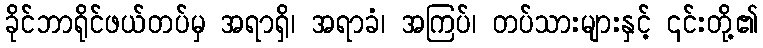
ခိုင်ဘာရိုင်ဖယ်တပ်မှ အရာရှိ၊ အရာခံ၊ အကြပ်၊ တပ်သားများနှင့် ၎င်းတို့၏